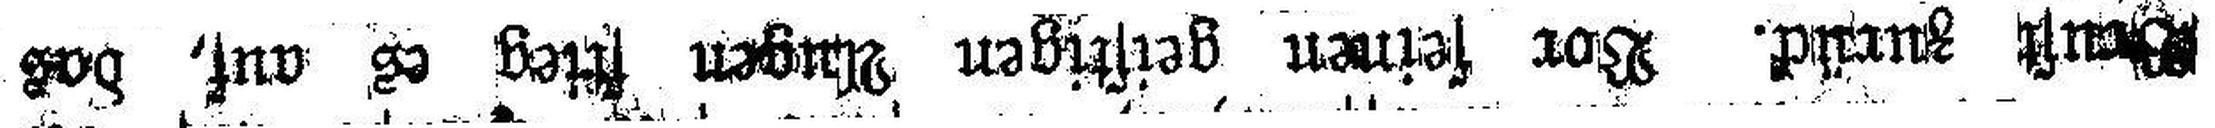
Brust zurück. Vor seinen geistigen Augen stieg es auf, das